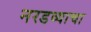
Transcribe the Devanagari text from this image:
नरडव्याचा